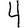
Digit: 4